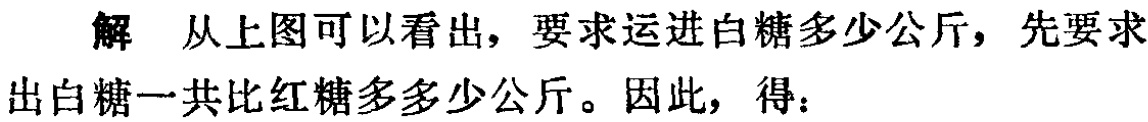
解 从上图可以看出，要求运进白糖多少公斤，先要求出白糖一共比红糖多多少公斤。因此，得：